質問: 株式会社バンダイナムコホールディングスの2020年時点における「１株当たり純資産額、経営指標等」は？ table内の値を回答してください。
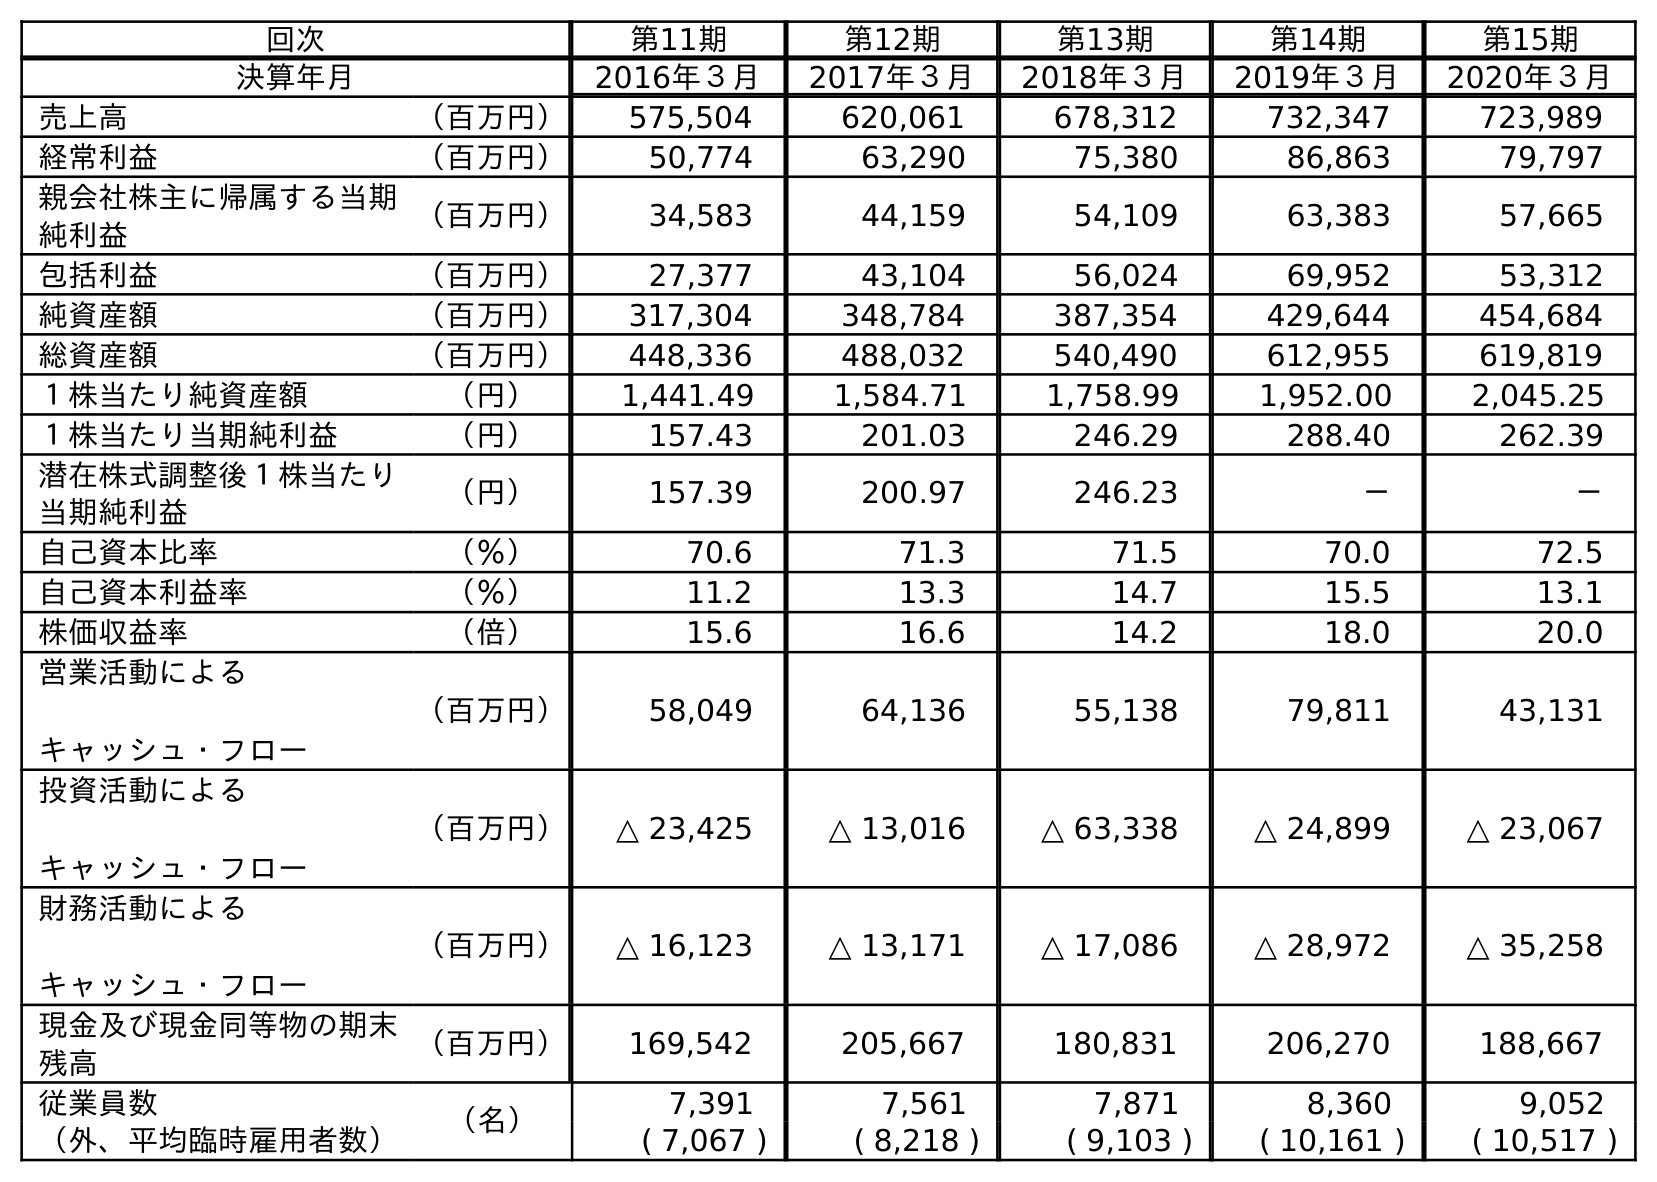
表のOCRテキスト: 回次 第11期 第12期 第13期 第14期 第15期 決算年月 2016年３月 2017年３月 2018年３月 2019年３月 2020年３月 売上高 （百万円） 575,504 620,061 678,312 732,347 723,989 経常利益 （百万円） 50,774 63,290 75,380 86,863 79,797 親会社株主に帰属する当期 純利益 （百万円） 34,583 44,159 54,109 63,383 57,665 包括利益 （百万円） 27,377 43,104 56,024 69,952 53,312 純資産額 （百万円） 317,304 348,784 387,354 429,644 454,684 総資産額 （百万円） 448,336 488,032 540,490 612,955 619,819 １株当たり純資産額 （円） 1,441.49 1,584.71 1,758.99 1,952.00 2,045.25 １株当たり当期純利益 （円） 157.43 201.03 246.29 288.40 262.39 潜在株式調整後１株当たり 当期純利益 （円） 157.39 200.97 246.23 － － 自己資本比率 （％） 70.6 71.3 71.5 70.0 72.5 自己資本利益率 （％） 11.2 13.3 14.7 15.5 13.1 株価収益率 （倍） 15.6 16.6 14.2 18.0 20.0 営業活動による キャッシュ・フロー （百万円） 58,049 64,136 55,138 79,811 43,131 投資活動による キャッシュ・フロー （百万円） △ 23,425 △ 13,016 △ 63,338 △ 24,899 △ 23,067 財務活動による キャッシュ・フロー （百万円） △ 16,123 △ 13,171 △ 17,086 △ 28,972 △ 35,258 現金及び現金同等物の期末 残高 （百万円） 169,542 205,667 180,831 206,270 188,667 従業員数 （名） 7,391 7,561 7,871 8,360 9,052 （外、平均臨時雇用者数） ( 7,067 ) ( 8,218 ) ( 9,103 ) ( 10,161 ) ( 10,517 )
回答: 2,045.25